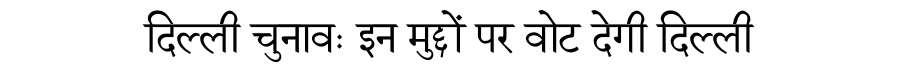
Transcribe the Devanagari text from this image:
दिल्ली चुनावः इन मुद्दों पर वोट देगी दिल्ली